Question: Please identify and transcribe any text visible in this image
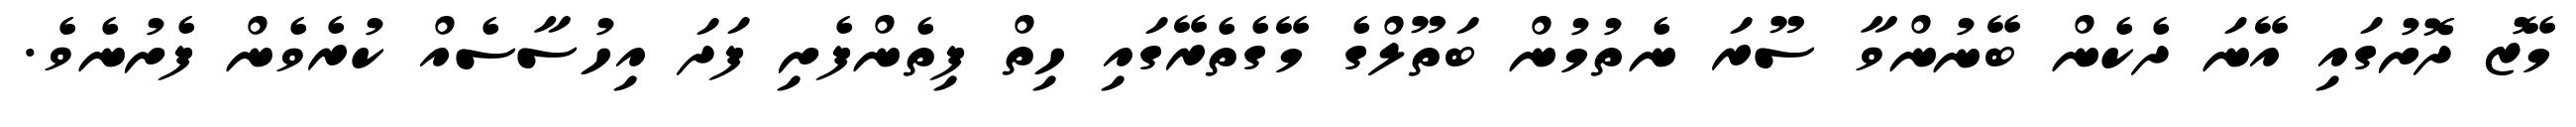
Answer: މޭޒު ދޮށުގައި އޭނަ ދެކެން ބޭނުންވާ ސޫރަ ނެތުމުން ބަތޫލްގެ މޭގެތެރޭގައި ހިތް ފިތެންފެށި ފަދަ އިހުސާސެއް ކުރެވެން ފެށުނެވެ.